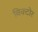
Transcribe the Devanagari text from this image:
विक्टोर